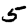
Digit: 5